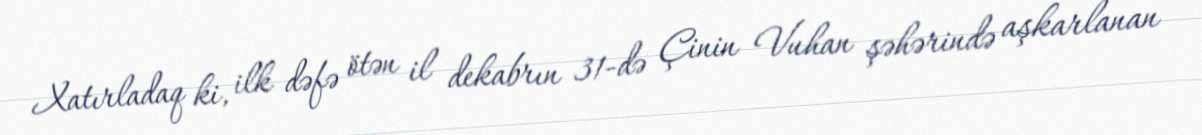
Xatırladaq ki, ilk dəfə ötən il dekabrın 31-də Çinin Vuhan şəhərində aşkarlanan